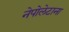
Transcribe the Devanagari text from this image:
नेपोलेटाना